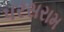
પરસરામ